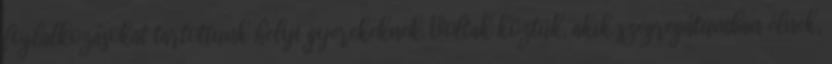
foglalkozásokat tartottunk helyi gyerekeknek. Voltak köztük, akik szegregátumban élnek,